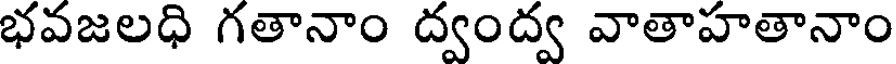
భవజలధి గతానాం ద్వంద్వ వాతాహతానాం